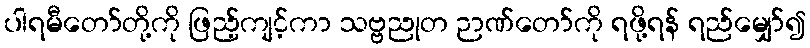
ပါရမီတော်တို့ကို ဖြည့်ကျင့်ကာ သဗ္ဗညုတ ဉာဏ်တော်ကို ရဖို့ရန် ရည်မျှော်၍